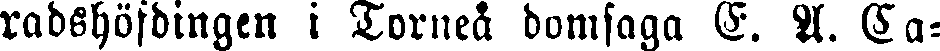
radshöfdingen i Torneå domsaga F. A. Ca-